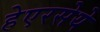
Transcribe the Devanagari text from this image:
हेएरसेये